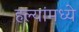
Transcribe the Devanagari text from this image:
हल्यांमध्ये